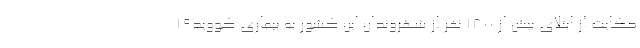
حکایت از ابتلای بیش از ۱۸۰۰ نفر از شهروندان این کشور به بیماری کووید۱۹